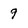
Character: 9